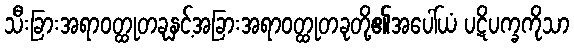
သီးခြားအရာဝတ္ထုတခုနှင့်အခြားအရာဝတ္ထုတခုတို့၏အပေါ်ယံ ပဋိပက္ခကိုသာ